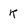
Character: K